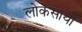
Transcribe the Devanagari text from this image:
लोकसाथी